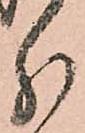
分